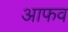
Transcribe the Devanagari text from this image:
आफव